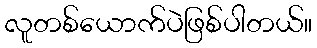
လူတစ်ယောက်ပဲဖြစ်ပါတယ်။